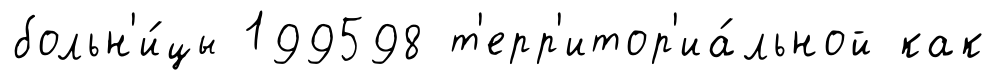
больн'и́цы 199598 т'ерр'итор'иа́льной как